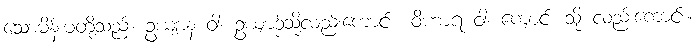
သောမိန်းမတို့သည်။ ဥယျာနံ ဝါ၊ ဥယျာဉ်သို့လည်းကောင်း။ ဝိဟာရံ ဝါ၊ ကျောင်း သို့ လည်းကောင်း။